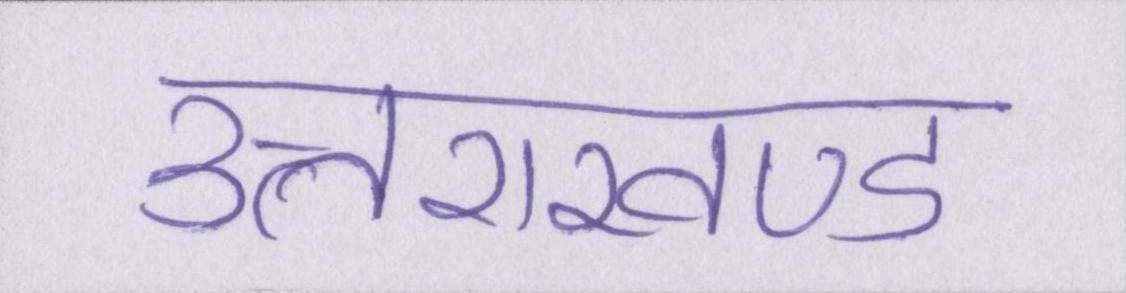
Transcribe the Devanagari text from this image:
उत्तराखण्ड